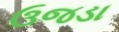
ઉજડા